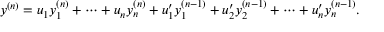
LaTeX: y ^ { ( n ) } = u _ { 1 } y _ { 1 } ^ { ( n ) } + \cdots + u _ { n } y _ { n } ^ { ( n ) } + u _ { 1 } ^ { \prime } y _ { 1 } ^ { ( n - 1 ) } + u _ { 2 } ^ { \prime } y _ { 2 } ^ { ( n - 1 ) } + \cdots + u _ { n } ^ { \prime } y _ { n } ^ { ( n - 1 ) } .